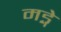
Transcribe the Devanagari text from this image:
मड्गे